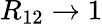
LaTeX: R_{12}\rightarrow 1